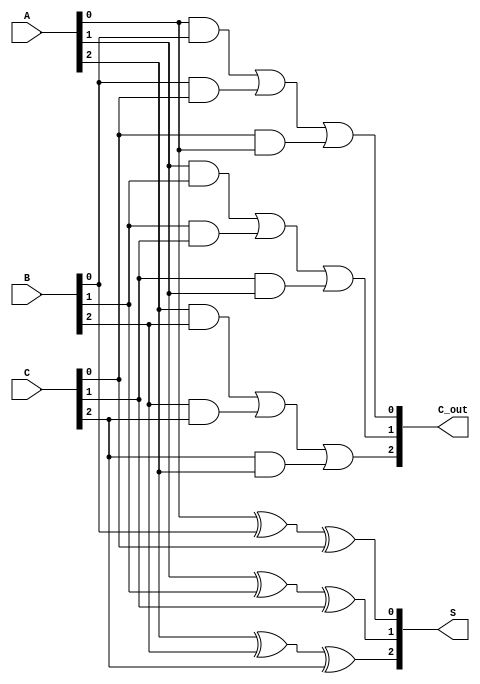
module carry_save_adder (
    input [2:0] A, // 3-bit input A
    input [2:0] B, // 3-bit input B
    input [2:0] C, // 3-bit input C
    output [2:0] S, // 3-bit Sum output
    output [2:0] C_out // 3-bit Carry output
);

    // Intermediate signals for the sums and carries
    wire S0, S1, S2;
    wire C0, C1, C2;

    // Full Adder for bit 0
    assign S0 = A[0] ^ B[0] ^ C[0]; // Sum for LSB
    assign C0 = (A[0] & B[0]) | (B[0] & C[0]) | (C[0] & A[0]); // Carry for LSB

    // Full Adder for bit 1
    assign S1 = A[1] ^ B[1] ^ C[1]; // Sum for middle bit
    assign C1 = (A[1] & B[1]) | (B[1] & C[1]) | (C[1] & A[1]); // Carry for middle bit

    // Full Adder for bit 2
    assign S2 = A[2] ^ B[2] ^ C[2]; // Sum for MSB
    assign C2 = (A[2] & B[2]) | (B[2] & C[2]) | (C[2] & A[2]); // Carry for MSB

    // Assign final outputs
    assign S = {S2, S1, S0}; // Concatenate sum bits
    assign C_out = {C2, C1, C0}; // Concatenate carry bits

endmodule